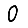
Digit: 0